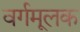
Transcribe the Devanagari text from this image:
वर्गमूलक